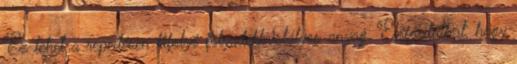
Ez lehet a repedésen kifolyó folyadékkristályos anyag. Előfordulhat, hogy